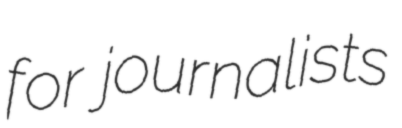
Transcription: for journalists